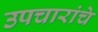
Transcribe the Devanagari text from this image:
उपचारांचे